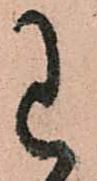
已